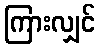
ကြားလျှင်